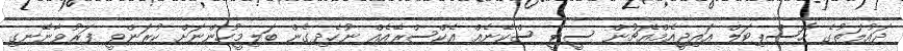
ދައުލަތުގެ ހޮސްޕިޓަލް އައިޖީއެމްއެޗުން ސީޓީ ސްކޭނެއް އެކްސްރޭއެއް ނުހެދިގެން ބަލިމީހުންނަށް ކުރަންވީ ފަރުވާނޭނގި